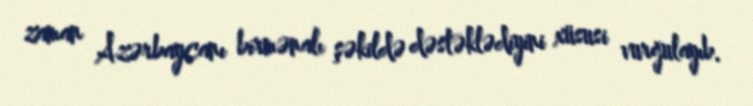
zaman Azərbaycanı birmənalı şəkildə dəstəklədiyini xüsusi vurğulayıb.